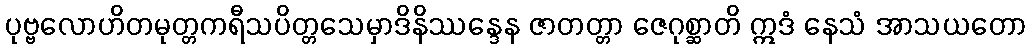
ပုဗ္ဗလောဟိတမုတ္တကရီသပိတ္တသေမှာဒိနိဿန္ဒေန ဇာတတ္တာ ဇေဂုစ္ဆာတိ ဣဒံ နေသံ အာသယတော